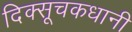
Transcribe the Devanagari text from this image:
दिक्सूचकधानी